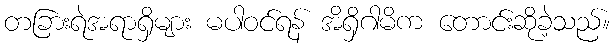
တခြားရဲအရာရှိများ မပါဝင်ရန် အိရှိဂါမိက တောင်းဆိုခဲ့သည်။